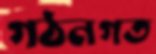
গঠনগত